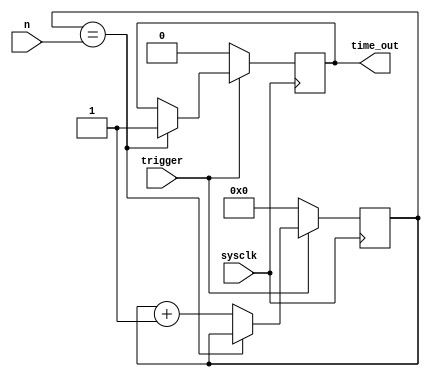
module delay(
sysclk,
trigger,
n,
time_out);

	//Define number of bits in delay counter
	parameter BIT_SZ = 16;

	//Ports
	input sysclk, trigger;
	input [BIT_SZ-1:0] n;
	output time_out;

	//reg declaration
	reg[BIT_SZ-1:0] count;
	reg time_out;

	always @ (posedge sysclk)
	begin
		if(trigger==1'b1)
		begin
			if(count==n)
				time_out <= 1'b1;
			else
				count <= count + 1'b1;
		end
		else
		begin
				count <= 0;
				time_out <= 0;
		end
	end
	

endmodule //end of module